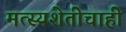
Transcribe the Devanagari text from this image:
मत्स्यशेतीचाही